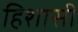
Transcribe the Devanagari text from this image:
हिशासी